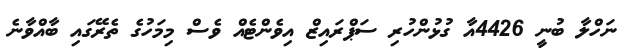
ނަހްލާ ބުނީ 4426އާ ގުޅުންހުރި ސަޕްރައިޒް އިވެންޓެއް ވެސް މިމަހުގެ ތެރޭގައި ބާއްވާނެ